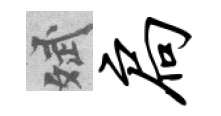
斌扃